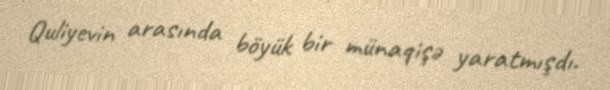
Quliyevin arasında böyük bir münaqişə yaratmışdı.